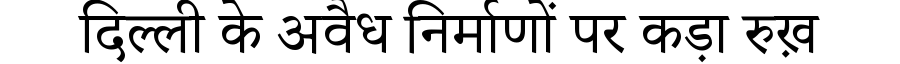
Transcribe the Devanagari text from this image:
दिल्ली के अवैध निर्माणों पर कड़ा रुख़